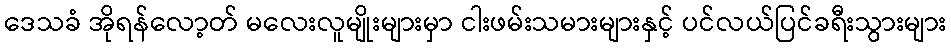
ဒေသခံ အိုရန်လော့တ် မလေးလူမျိုးများမှာ ငါးဖမ်းသမားများနှင့် ပင်လယ်ပြင်ခရီးသွားများ